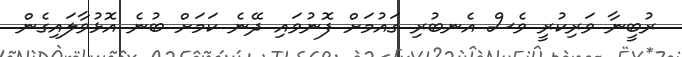
ރުބީނާ ވަރިކުރީ ވެސް އެނބުރި ގައުމަށް ފޮނުވައި ދޭނެ ކަމަށް ބުނެ އޮޅުވާލައިގެން